Indian journal of veterinary science and animal husbandry - Volume 10,
Year: 1940
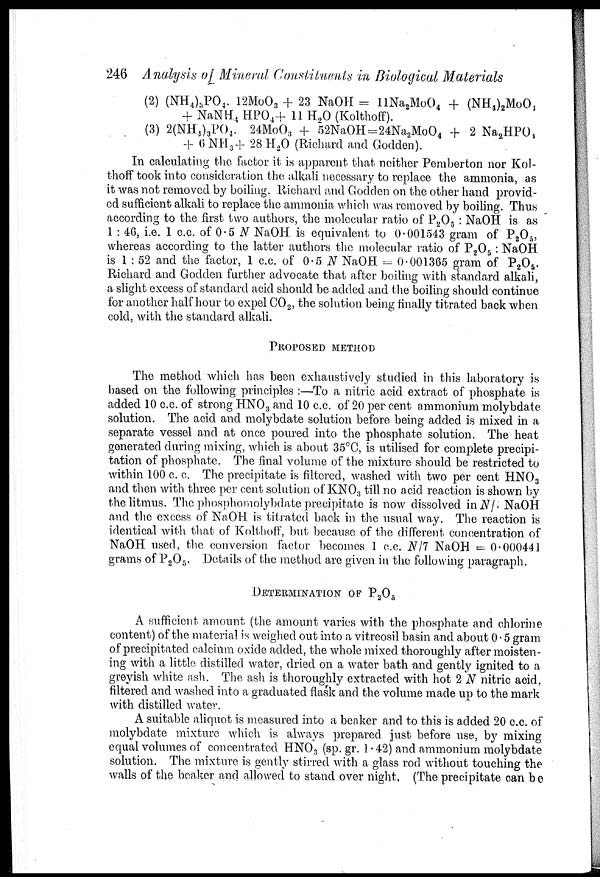
246 Analysis of Mineral Constituents in Biological Materials
(2) (NH 4 ) 3 PO 4 . 12MoO 3 + 23 NaOH = HNa 2 MoO 4 + (NH 4 ) 2 MoO 4
+ NaNH 4 HPO 4 + 11 H 2 O (Kolthoff).
(3) 2(NH 4 ) 3 PO 4 . 24MoO 3 + 52NaOH = 24Na 2 MoO 4 + 2 Na 2 HPO 4
+ 6NH 3 + 28 H 2 O (Richard and Godden).
In calculating the factor it is apparent that neither Pemberton nor Kol-
thoff took into consideration the alkali necessary to replace the ammonia, as
it was not removed by boiling. Richard and Godden on the other hand provid-
ed sufficient alkali to replace the ammonia which was removed by boiling. Thus
according to the first two authors, the molecular ratio of P 2 O 5 : NaOH is as
1 : 46, i.e. 1 c.c. of 0.5 N NaOH. is equivalent to 0.001543 gram of P 2 O 5 ,
whereas according to the latter authors the molecular ratio of P 2 O 5 : NaOH
is 1 : 52 and the factor, 1 c.c. of 0.5 N NaOH = 0.001365 gram of P 2 O 5 .
Richard and Godden further advocate that after boiling with standard alkali,
a slight excess of standard acid should be added and the boiling should continue
for another half hour to expel CO 2 , the solution being finally titrated back when
cold, with the standard alkali.
PROPOSED METHOD
The method which has been exhaustively studied in this laboratory is
based on the following principles :—To a nitric acid extract of phosphate is
added 10 c.c. of strong HNO 3 and 10 c.c. of 20 per cent ammonium molybdate
solution. The acid and molybdate solution before being added is mixed in a
separate vessel and at once poured into the phosphate solution. The heat
generated during mixing, which is about 35°C, is utilised for complete precipi-
tation of phosphate. The final volume of the mixture should be restricted to
within 100 c. c. The precipitate is filtered, washed with two per cent HNO 3
and then with three per cent solution of KNO 3 till no acid reaction is shown by
the litmus. The phosphomolybdate precipitate is now dissolved in N/ NaOH
and the excess of NaOH is titrated back in the usual way. The reaction is
identical with that of Kolthoff, but because of the different concentration of
NaOH used, the conversion factor becomes 1 c.c. N/7 NaOH = 0.000441
grams of P 2 O 5 . Details of the method are given in the following paragraph.
DETERMINATION OF P 2 O 5
A sufficient amount (the amount varies with the phosphate and chlorine
content) of the material is weighed out into a vitreosil basin and about 0.5 gram
of precipitated calcium oxide added, the whole mixed thoroughly after moisten-
ing with a little distilled water, dried on a water bath and gently ignited to a
greyish white ash. The ash is thoroughly extracted with hot 2 N nitric acid,
filtered and washed into a graduated flask and the volume made up to the mark
with distilled water.
A suitable aliquot is measured into a beaker and to this is added 20 c.c. of
molybdate mixture which is always prepared just before use, by mixing
equal volumes of concentrated HNO 3 (sp. gr. 1.42) and ammonium molybdate
solution. The mixture is gently stirred with a glass rod without touching the
walls of the beaker and allowed to stand over night, (The precipitate can be